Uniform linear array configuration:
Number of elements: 48
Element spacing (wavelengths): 0.75
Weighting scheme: exponential
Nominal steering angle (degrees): -15
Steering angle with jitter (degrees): -13.579
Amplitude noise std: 0.05
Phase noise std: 0.05

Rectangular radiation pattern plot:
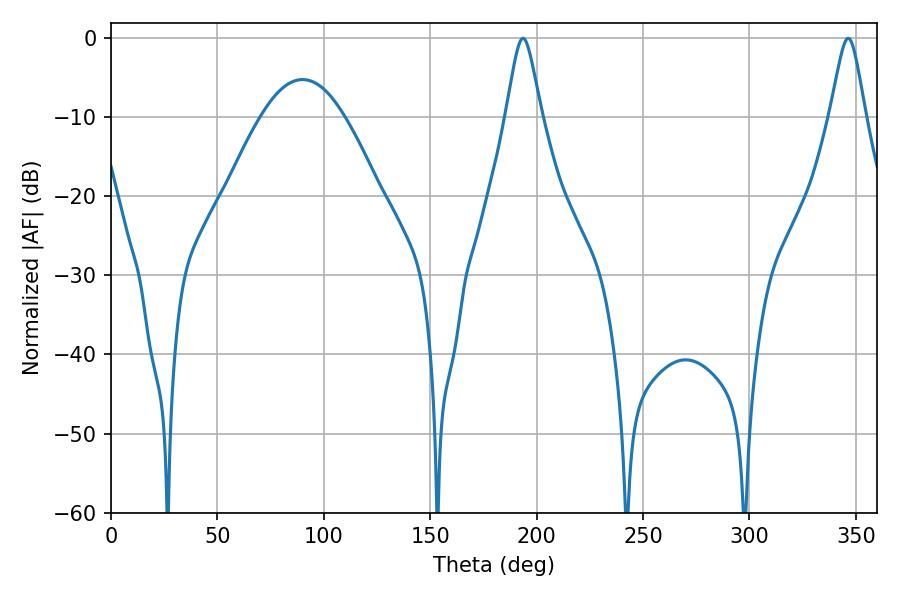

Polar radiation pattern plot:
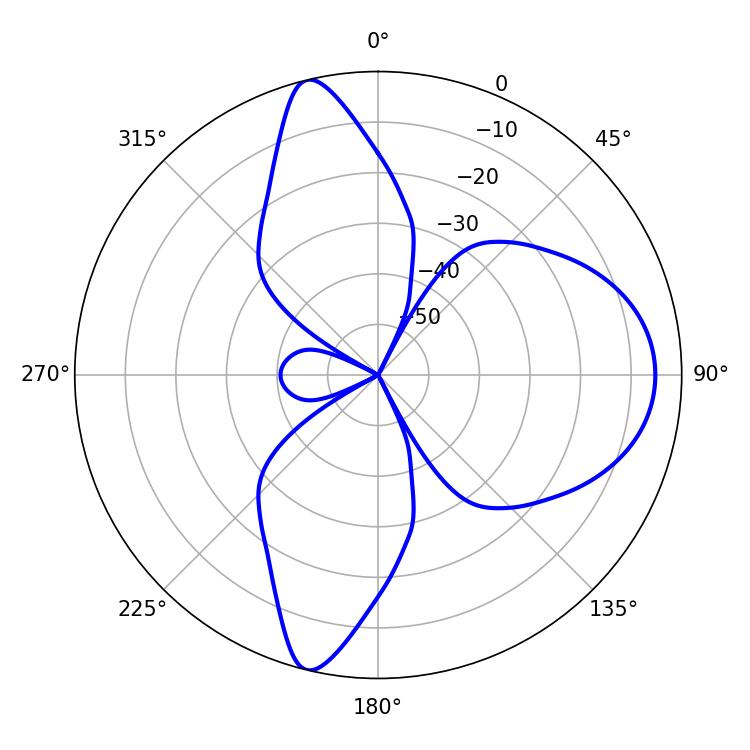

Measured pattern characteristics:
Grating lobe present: TRUE
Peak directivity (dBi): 13.299
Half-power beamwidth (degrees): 7.92
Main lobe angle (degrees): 346.32